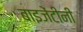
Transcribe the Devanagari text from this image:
बाइजेंटीनी